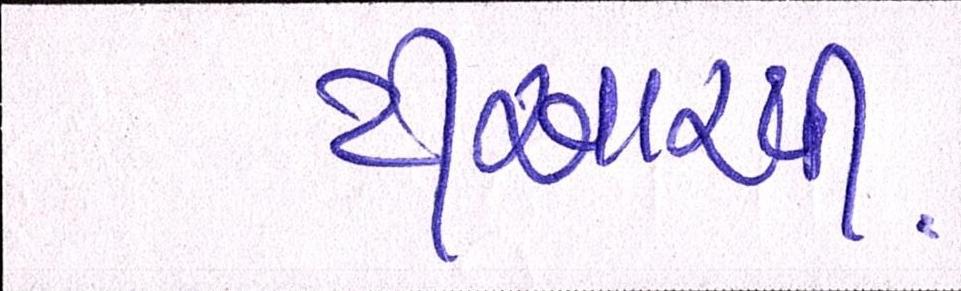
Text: ટીઆરપી